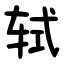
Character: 轼